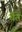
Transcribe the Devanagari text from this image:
चैते